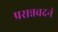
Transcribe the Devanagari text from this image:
प्रसन्नवदनं